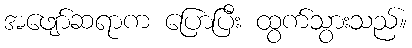
အဖျော်ဆရာက ပြောပြီး ထွက်သွားသည်။